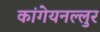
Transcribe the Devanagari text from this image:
कांगेयनल्लुर